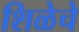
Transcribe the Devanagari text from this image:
शिळेचे